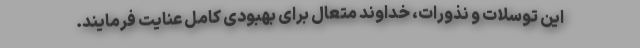
این توسلات و نذورات، خداوند متعال برای بهبودی کامل عنایت فرمایند.